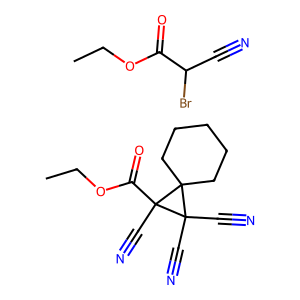
SMILES: CCOC(=O)C(Br)C#N.CCOC(=O)C1(C#N)C(C#N)(C#N)C12CCCCC2
Inhibits HIV replication: No